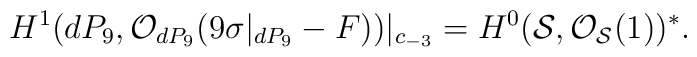
H^{1} (dP_9, {\cal O}_{dP_9} (9 \sigma|_{dP_9} -F))|_{c_{-3}}=H^{0} ({\cal S}, {\cal O}_{{\cal S}} (1))^{*}.